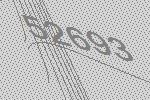
52693